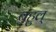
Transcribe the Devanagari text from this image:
बहुल्